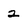
Character: 2